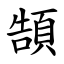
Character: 頶